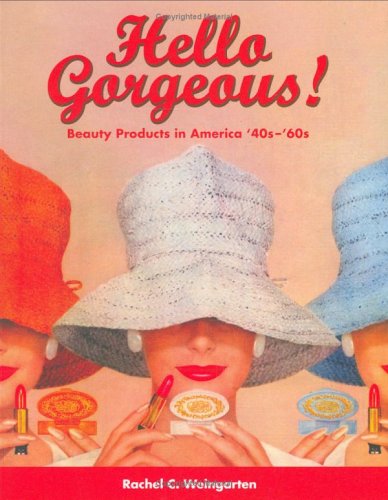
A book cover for Hello Gorgeous!: Beauty Products in America '40s-'60s; Rachel C. Weingarten; Health, Fitness & Dieting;